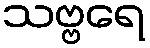
သဗ္ဗရေ